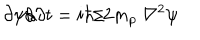
LaTeX: \partial \psi / \partial t = i \hbar / 2 m _ { p } \ { \nabla } ^ { 2 } \psi